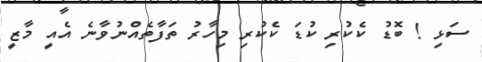
ސަޅި ! ބޮޑު ކެކުރި ކުޑަ ކެކުރި މިހާރު ތަފާތެއްނުވާނެ އެއީ މާޒީ